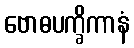
ဗောဓပက္ခိကာနံ